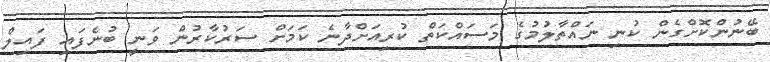
ބޭނުންކޮށްގެން ކުނި ނައްތާލުމުގެ މަސައްކަތް ކުރިއަށްދާނެ ކަމަށް ސަރުކާރުން ވަނީ ބުނެފައި ފައިލް